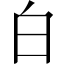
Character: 白